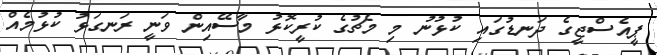
ޕީއެސްޖީގެ ދަނޑުގައި ކުޅުނު މި މެޗުގެ ކުރީކޮޅު މާސޭއިން ވަނީ ރަނގަޅު ކުޅުމެއް